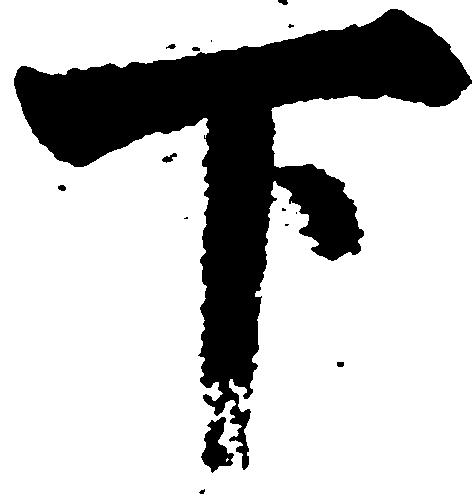
下